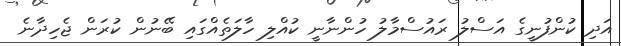
އަދި ކުންފުނީގެ އަސްލު ރައުސްމާލު ހުންނާނީ ކުއްލި ހާލަތެއްގައި ބޭނުން ކުރަން ޖެހިދާނެ